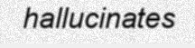
hallucinates